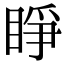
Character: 睜